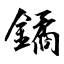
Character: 鐍